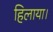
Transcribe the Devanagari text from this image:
हिलाया।